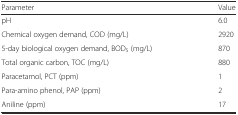
<table><thead><tr><td><b>Parameter</b></td><td><b>Value</b></td></tr></thead><tbody><tr><td>pH</td><td>6.0</td></tr><tr><td>Chemical oxygen demand, COD (mg/L)</td><td>2920</td></tr><tr><td>5-day biological oxygen demand, BOD<sub>5</sub> (mg/L)</td><td>870</td></tr><tr><td>Total organic carbon, TOC (mg/L)</td><td>880</td></tr><tr><td>Paracetamol, PCT (ppm)</td><td>1</td></tr><tr><td>Para-amino phenol, PAP (ppm)</td><td>2</td></tr><tr><td>Aniline (ppm)</td><td>17</td></tr></tbody></table>